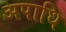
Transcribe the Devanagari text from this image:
अपाधि